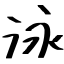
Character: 泳